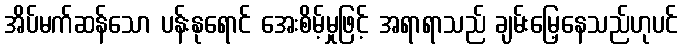
အိပ်မက်ဆန်သော ပန်းနုရောင် အေးစိမ့်မှုဖြင့် အရာရာသည် ချမ်းမြေ့နေသည်ဟုပင်